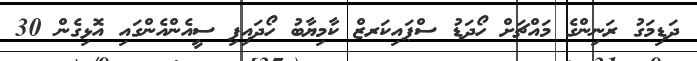
ދަޑިމަގު ރަނިންގެ މައްޗަށް ހޯދަޑު ސްޕައިކަރޒް ކާމިޔާބު ހޯދައިފި ސީއެންއެންގައި އޮޅިގެން 30